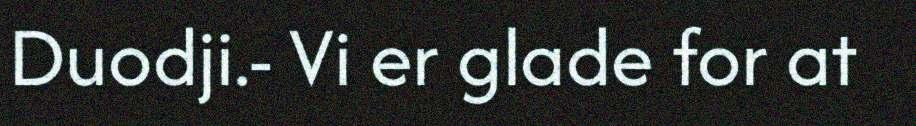
Duodji.- Vi er glade for at